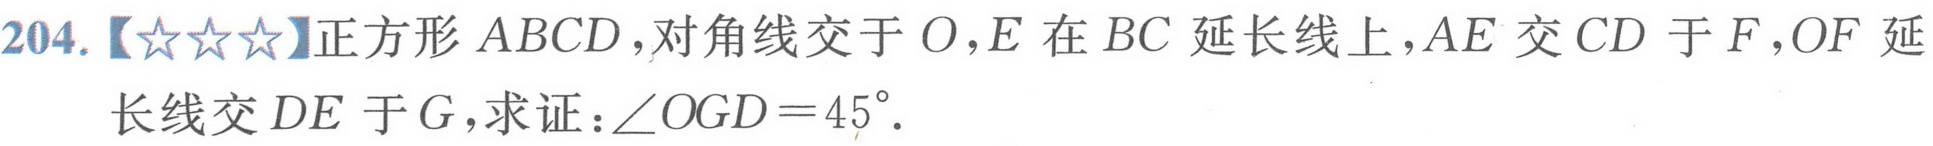
204.【★★★】正方形 \(ABCD\)，对角线交于 \(O\)，\(E\) 在 \(BC\) 延长线上，\(AE\) 交 \(CD\) 于 \(F\)，\(OF\) 延长线交 \(DE\) 于 \(G\)，求证：\(\angle  OGD = 45^{\circ}\)．